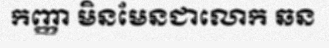
កញ្ញា មិនមែនជាលោក ឆន